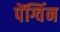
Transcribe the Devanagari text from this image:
पेंग्विंन